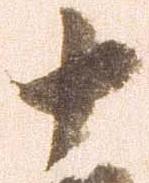
十